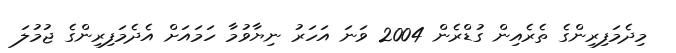
މިދެމަފިރިންގެ ތެރެއިން ގުޑްރެން 2004 ވަނަ އަހަރު ނިޔާވުމާ ހަމައަށް އެދެމަފިރިންގެ ޖުމުލަ